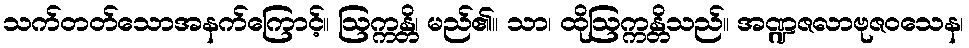
သက်တတ်သောအနက်ကြောင့်။ ဩက္ကန္တိ၊ မည်၏။ သာ၊ ထိုဩက္ကန္တိသည်။ အဏ္ဍဇလာဗုဇဝသေန၊